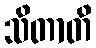
သိတာတိ